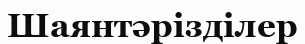
Шаянтәрізділер